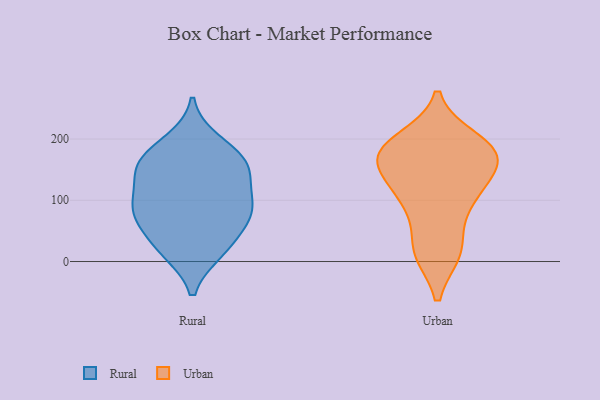
{"axis": {"x": "Waste Production (Tons)", "y": "Value"}, "legend": ["Rural", "Urban"], "data": [{"x": "", "y": 17, "type": "Rural"}, {"x": "", "y": 81, "type": "Rural"}, {"x": "", "y": 85, "type": "Rural"}, {"x": "", "y": 196, "type": "Rural"}, {"x": "", "y": 76, "type": "Rural"}, {"x": "", "y": 159, "type": "Rural"}, {"x": "", "y": 72, "type": "Rural"}, {"x": "", "y": 17, "type": "Rural"}, {"x": "", "y": 179, "type": "Rural"}, {"x": "", "y": 32, "type": "Rural"}, {"x": "", "y": 115, "type": "Rural"}, {"x": "", "y": 152, "type": "Rural"}, {"x": "", "y": 149, "type": "Rural"}, {"x": "", "y": 153, "type": "Rural"}, {"x": "", "y": 93, "type": "Rural"}, {"x": "", "y": 116, "type": "Urban"}, {"x": "", "y": 109, "type": "Urban"}, {"x": "", "y": 181, "type": "Urban"}, {"x": "", "y": 175, "type": "Urban"}, {"x": "", "y": 111, "type": "Urban"}, {"x": "", "y": 178, "type": "Urban"}, {"x": "", "y": 18, "type": "Urban"}, {"x": "", "y": 84, "type": "Urban"}, {"x": "", "y": 160, "type": "Urban"}, {"x": "", "y": 16, "type": "Urban"}, {"x": "", "y": 160, "type": "Urban"}, {"x": "", "y": 17, "type": "Urban"}, {"x": "", "y": 191, "type": "Urban"}, {"x": "", "y": 167, "type": "Urban"}, {"x": "", "y": 198, "type": "Urban"}]}